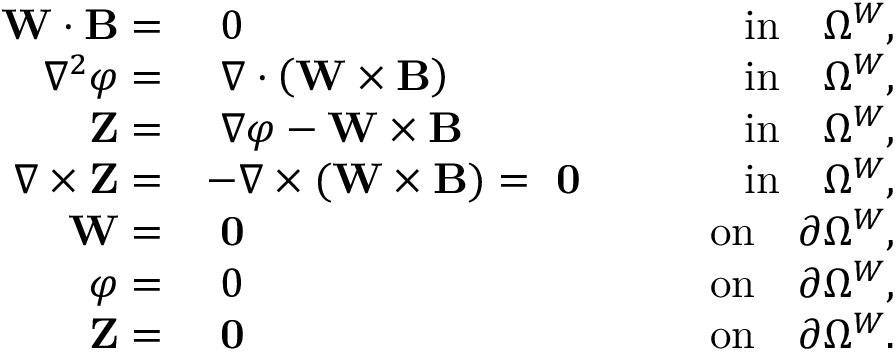
\begin{array} { r l r } { \mathbf { W } \cdot { \mathbf B } = } & { ~ 0 } & { \qquad \mathrm { i n } \quad \Omega ^ { W } , } \\ { \nabla ^ { 2 } { \varphi } = } & { ~ \nabla \cdot \left( \mathbf { W } \times { \mathbf B } \right) } & { \qquad \mathrm { i n } \quad \Omega ^ { W } , } \\ { \mathbf { Z } = } & { ~ \nabla \varphi - \mathbf { W } \times { \mathbf B } } & { \qquad \mathrm { i n } \quad \Omega ^ { W } , } \\ { \nabla \times \mathbf { Z } = } & { - \nabla \times ( \mathbf { W } \times { \mathbf B } ) = ~ \mathbf { 0 } } & { \qquad \mathrm { i n } \quad \Omega ^ { W } , } \\ { \mathbf { W } = } & { ~ \mathbf { 0 } } & { \qquad \mathrm { o n } \quad \partial \Omega ^ { W } , } \\ { \varphi = } & { ~ 0 } & { \qquad \mathrm { o n } \quad \partial \Omega ^ { W } , } \\ { \mathbf { Z } = } & { ~ \mathbf { 0 } } & { \qquad \mathrm { o n } \quad \partial \Omega ^ { W } . } \end{array}